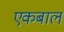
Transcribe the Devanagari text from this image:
एकबाल